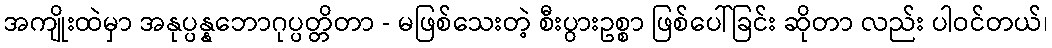
အကျိုးထဲမှာ အနုပ္ပန္နဘောဂုပ္ပတ္တိတာ - မဖြစ်သေးတဲ့ စီးပွားဥစ္စာ ဖြစ်ပေါ်ခြင်း ဆိုတာ လည်း ပါဝင်တယ်၊